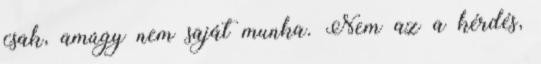
csak, amúgy nem saját munka. Nem az a kérdés,